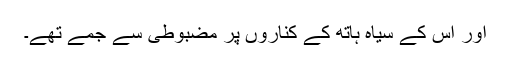
اور اس کے سیاہ ہاتھ کے کناروں پر مضبوطی سے جمے تھے۔